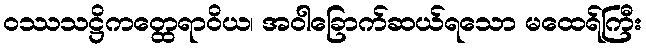
ဝဿသဋ္ဌိကတ္ထေရာဝိယ၊ အဝါခြောက်ဆယ်ရသော မထေရ်ကြီး